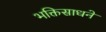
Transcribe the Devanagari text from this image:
भक्तिसाधने